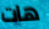
هات